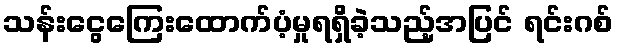
သန်းငွေကြေးထောက်ပံ့မှုရရှိခဲ့သည့်အပြင် ရင်းဂစ်